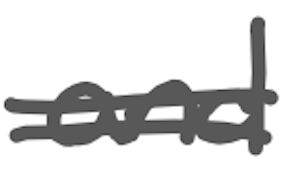
Text: and
Cross-out: double-line
Writing tool: digital_gray